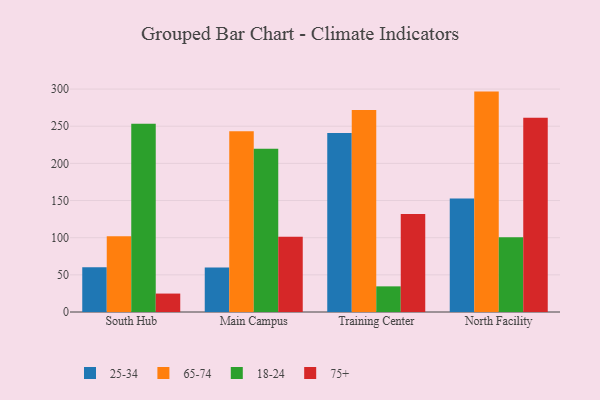
{"axis": {"x": "Campus", "y": "Operating Costs (USD K)"}, "legend": ["18-24", "25-34", "65-74", "75+"], "data": [{"x": "South Hub", "y": 60.3, "type": "25-34"}, {"x": "South Hub", "y": 102.1, "type": "65-74"}, {"x": "South Hub", "y": 253.5, "type": "18-24"}, {"x": "South Hub", "y": 24.8, "type": "75+"}, {"x": "Main Campus", "y": 59.8, "type": "25-34"}, {"x": "Main Campus", "y": 243.3, "type": "65-74"}, {"x": "Main Campus", "y": 219.8, "type": "18-24"}, {"x": "Main Campus", "y": 101.4, "type": "75+"}, {"x": "Training Center", "y": 240.9, "type": "25-34"}, {"x": "Training Center", "y": 271.8, "type": "65-74"}, {"x": "Training Center", "y": 34.5, "type": "18-24"}, {"x": "Training Center", "y": 131.8, "type": "75+"}, {"x": "North Facility", "y": 152.9, "type": "25-34"}, {"x": "North Facility", "y": 296.6, "type": "65-74"}, {"x": "North Facility", "y": 100.7, "type": "18-24"}, {"x": "North Facility", "y": 261.3, "type": "75+"}]}